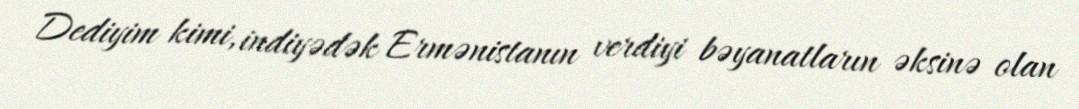
Dediyim kimi, indiyədək Ermənistanın verdiyi bəyanatların əksinə olan